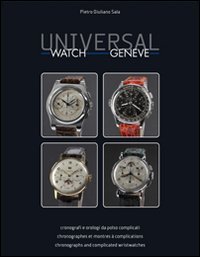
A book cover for Universal Watch Genve: Cronografi E Orologi Da Polso Complicati = Chronographes Et Montres Complications = Chronographs and Complicated Wrist; Pietro Giuliano Sala; Crafts, Hobbies & Home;